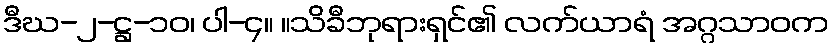
ဒီဃ-၂-ဋ္ဌ-၁၀၊ ပါ-၄။ ။သိခီဘုရားရှင်၏ လက်ယာရံ အဂ္ဂသာဝက